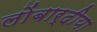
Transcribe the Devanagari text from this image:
लोंबार्दीया